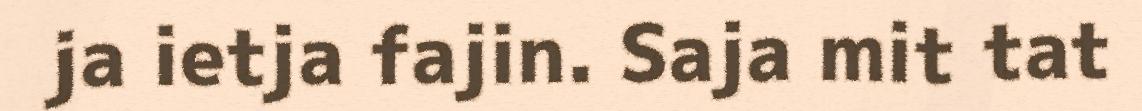
ja ietja fajin. Saja mit tat